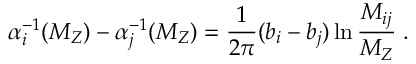
\alpha _ { i } ^ { - 1 } ( M _ { Z } ) - \alpha _ { j } ^ { - 1 } ( M _ { Z } ) = \frac { 1 } { 2 \pi } ( b _ { i } - b _ { j } ) \ln \frac { M _ { i j } } { M _ { Z } } \; .